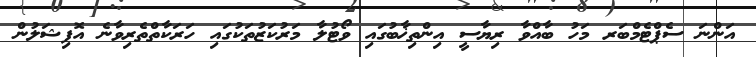
އަންނަ ސެޕްޓެމްބަރ މަހު ބާއްވާ ރިޔާސީ އިންތިޚާބުގައި ވޯޓުލާ މަރުކަޒުތަކުގައި ހަރަކާތްތެރިވާނެ އޮފިޝަލުން